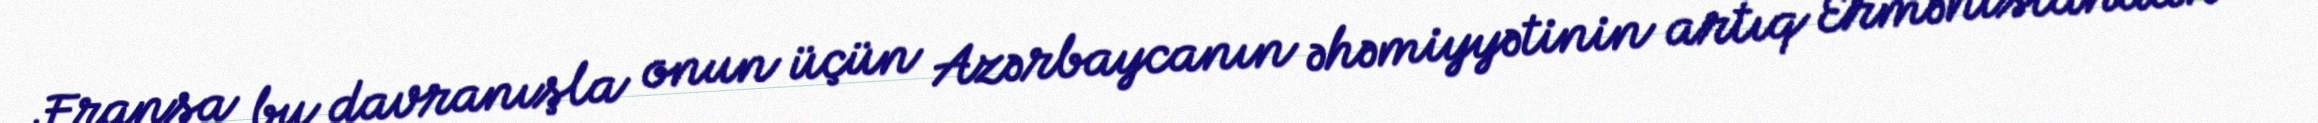
Fransa bu davranışla onun üçün Azərbaycanın əhəmiyyətinin artıq Ermənistandan